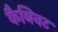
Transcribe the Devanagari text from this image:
कैबिनट